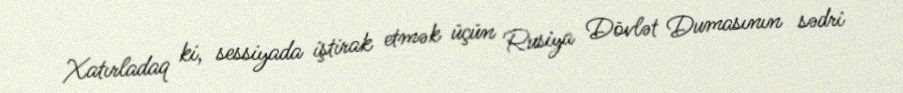
Xatırladaq ki, sessiyada iştirak etmək üçün Rusiya Dövlət Dumasının sədri